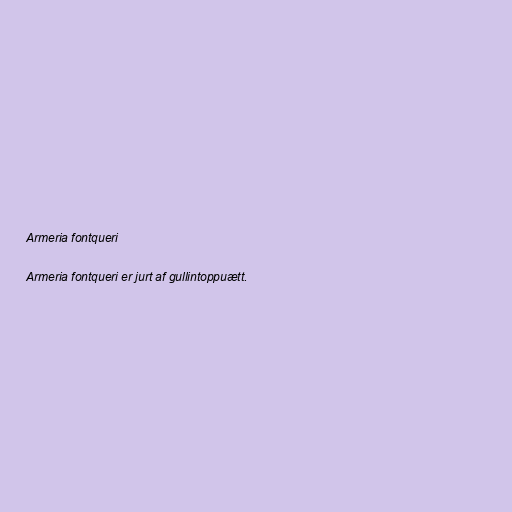
Armeria fontqueri

Armeria fontqueri er jurt af gullintoppuætt.